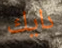
دايك